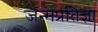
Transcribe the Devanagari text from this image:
जन्मप्रतिज्ञा